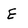
Character: E